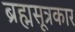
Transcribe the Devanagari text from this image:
ब्रह्मसूत्रकार